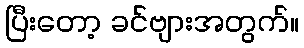
ပြီးတော့ ခင်ဗျားအတွက်။